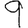
Digit: 9